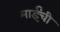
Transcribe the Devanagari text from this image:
माईंची